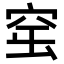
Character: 𥥢